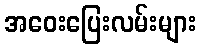
အဝေးပြေးလမ်းများ